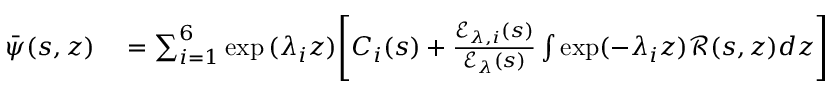
\begin{array} { r l } { \bar { \psi } ( s , z ) } & { { } = \sum _ { i = 1 } ^ { 6 } \exp { ( \lambda _ { i } z ) } \Bigg [ C _ { i } ( s ) + \frac { \mathscr { E } _ { \lambda , i } ( s ) } { \mathscr { E } _ { \lambda } ( s ) } \int \exp ( - \lambda _ { i } z ) \mathscr { R } ( s , z ) d z \Bigg ] } \end{array}